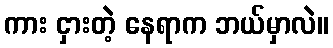
ကား ငှားတဲ့ နေရာက ဘယ်မှာလဲ။